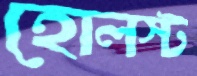
হোলস্ট